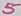
Text: 5